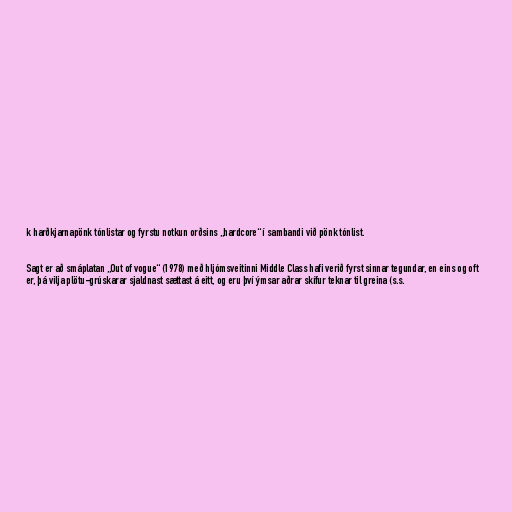
k harðkjarnapönk tónlistar og fyrstu notkun orðsins „hardcore“ í sambandi við pönk tónlist.

Sagt er að smáplatan „Out of vogue“ (1978) með hljómsveitinni Middle Class hafi verið fyrst sinnar tegundar, en eins og oft
er, þá vilja plötu-grúskarar sjaldnast sættast á eitt, og eru því ýmsar aðrar skífur teknar til greina (s.s.